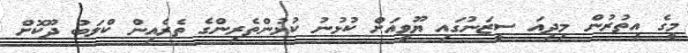
މީގެ އިތުރުން މިދިއަ ސީޒަނުގައި ޔޫވީއަށް ކުޅުނު ކުޅުންތެރިންގެ ތެރެއިން ކްލަބު ދޫކޮށް